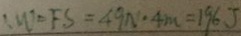
: W ^ { \prime } = F S = 4 9 N ^ { \prime } \cdot 4 m = 1 9 6 J